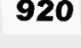
920